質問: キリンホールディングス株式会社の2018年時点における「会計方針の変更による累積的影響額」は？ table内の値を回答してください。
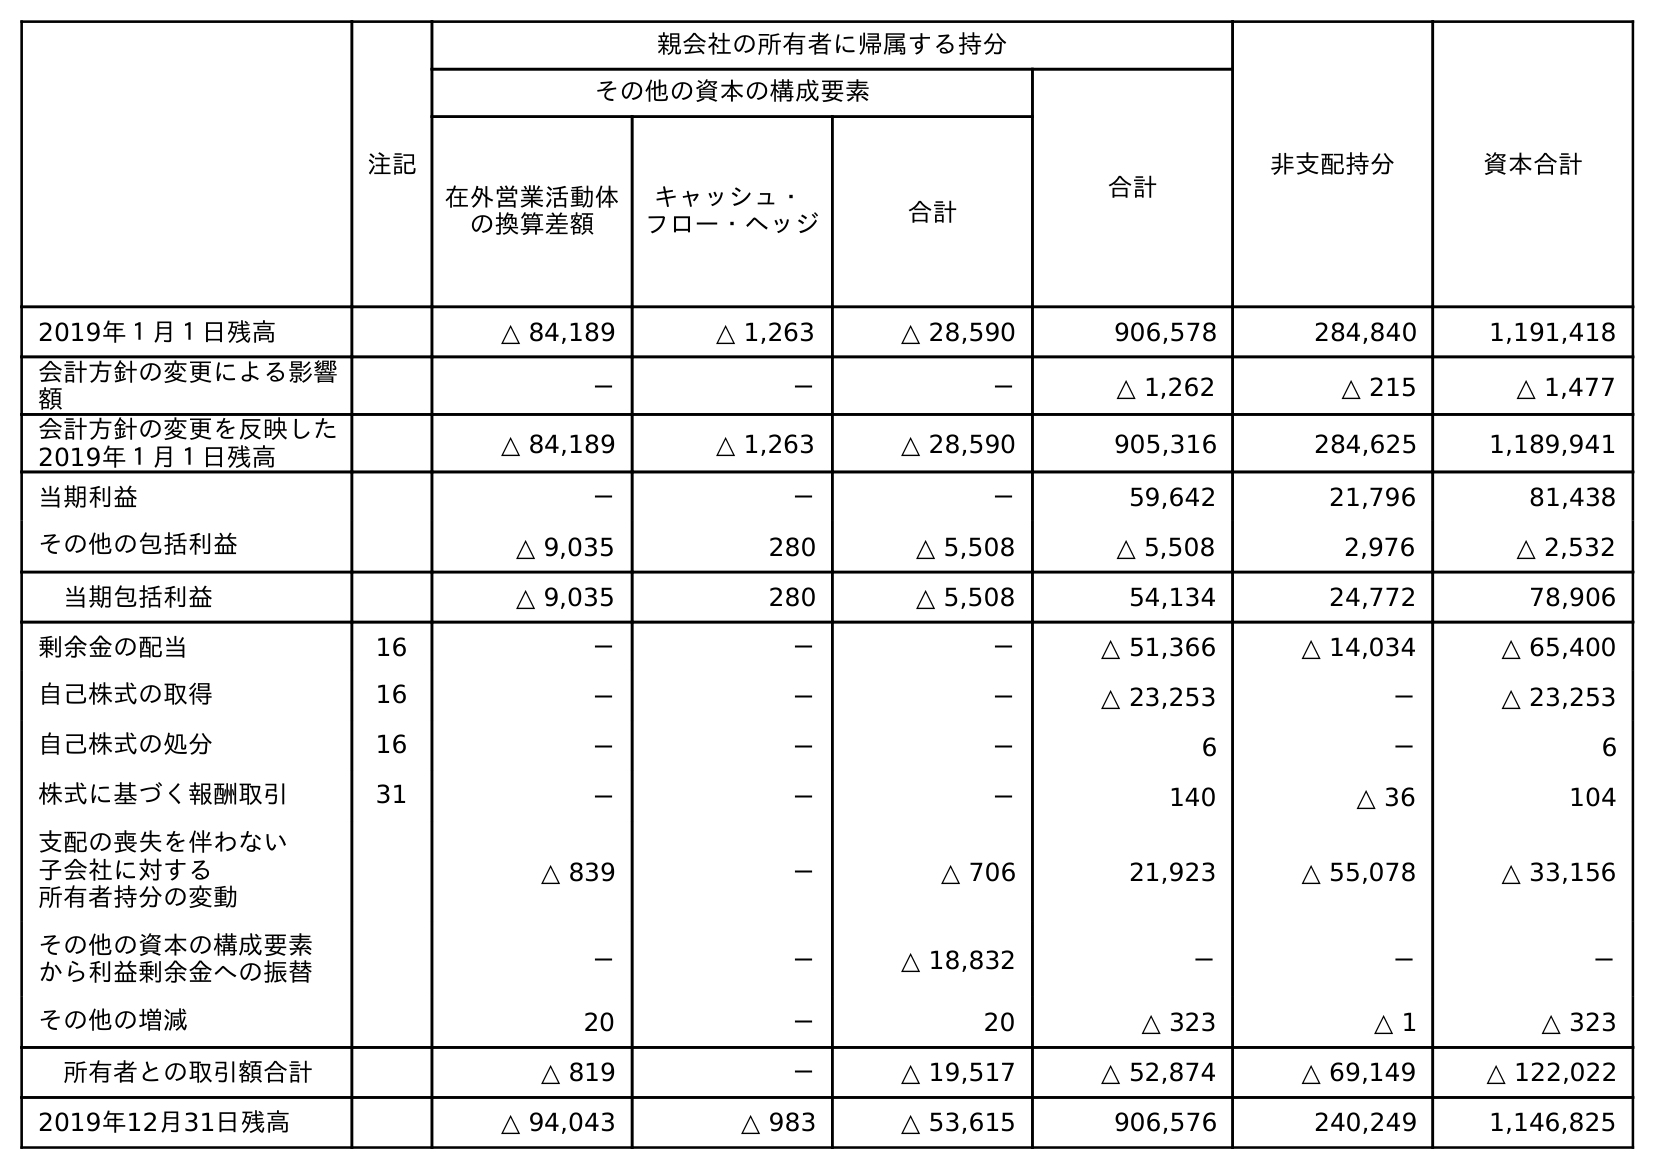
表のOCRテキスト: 注記 親会社の所有者に帰属する持分 非支配持分 資本合計 その他の資本の構成要素 合計 在外営業活動体 の換算差額 キャッシュ・ フロー・ヘッジ 合計 2019年１月１日残高 △ 84,189 △ 1,263 △ 28,590 906,578 284,840 1,191,418 会計方針の変更による影響 額 － － － △ 1,262 △ 215 △ 1,477 会計方針の変更を反映した 2019年１月１日残高 △ 84,189 △ 1,263 △ 28,590 905,316 284,625 1,189,941 当期利益 － － － 59,642 21,796 81,438 その他の包括利益 △ 9,035 280 △ 5,508 △ 5,508 2,976 △ 2,532 当期包括利益 △ 9,035 280 △ 5,508 54,134 24,772 78,906 剰余金の配当 16 － － － △ 51,366 △ 14,034 △ 65,400 自己株式の取得 16 － － － △ 23,253 － △ 23,253 自己株式の処分 16 － － － 6 － 6 株式に基づく報酬取引 31 － － － 140 △ 36 104 支配の喪失を伴わない 子会社に対する 所有者持分の変動 △ 839 － △ 706 21,923 △ 55,078 △ 33,156 その他の資本の構成要素 から利益剰余金への振替 － － △ 18,832 － － － その他の増減 20 － 20 △ 323 △ 1 △ 323 所有者との取引額合計 △ 819 － △ 19,517 △ 52,874 △ 69,149 △ 122,022 2019年12月31日残高 △ 94,043 △ 983 △ 53,615 906,576 240,249 1,146,825
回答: △1,477